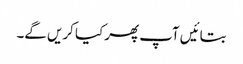
بتائیں آپ پھر کیا کریں گے۔